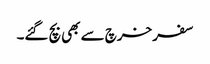
سفر خرچ سے بھی بچ گئے۔